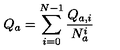
Q _ { a } = \sum _ { i = 0 } ^ { N - 1 } \frac { Q _ { a , i } } { N _ { a } ^ { i } }